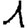
Digit: 1